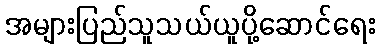
အများပြည်သူသယ်ယူပို့ဆောင်ရေး